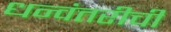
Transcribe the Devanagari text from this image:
धन्वंतरीची